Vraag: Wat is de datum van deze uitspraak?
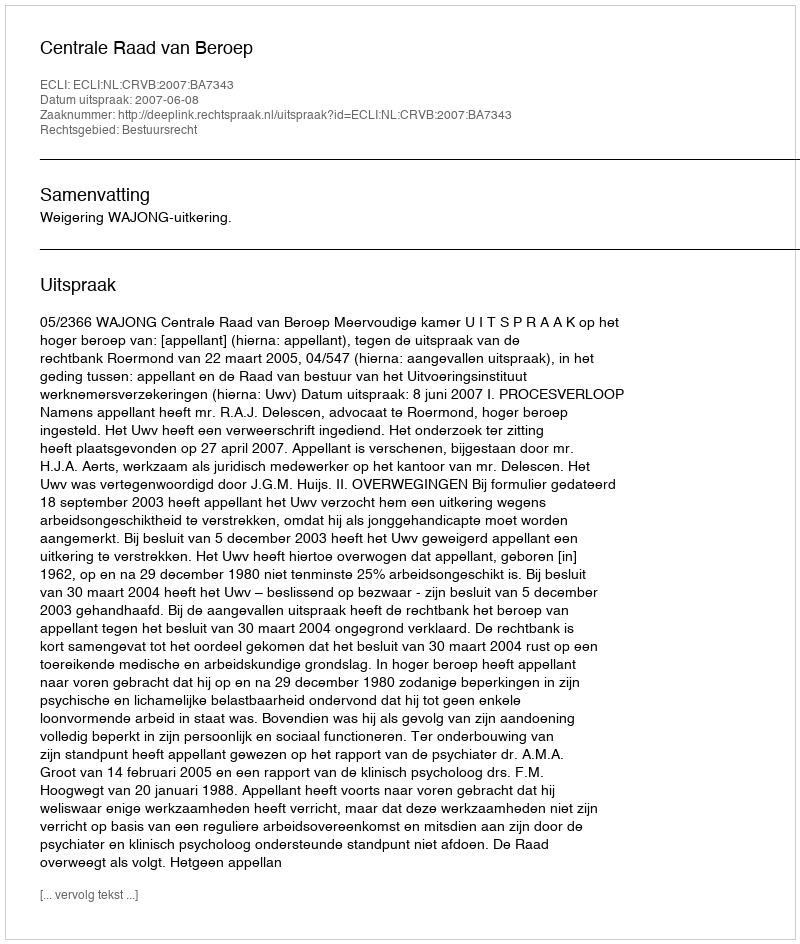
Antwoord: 2007-06-08